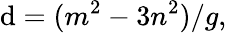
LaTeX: \mathrm{d}=(m^{2}-3n^{2})/g,